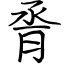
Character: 脀